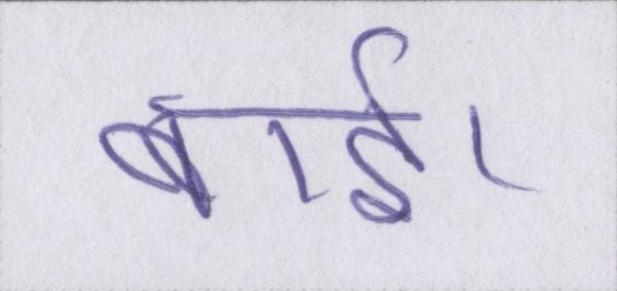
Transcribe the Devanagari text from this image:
बाई।